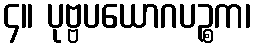
၄။ ပုဗ္ဗပယောဂပဉ္စက၊